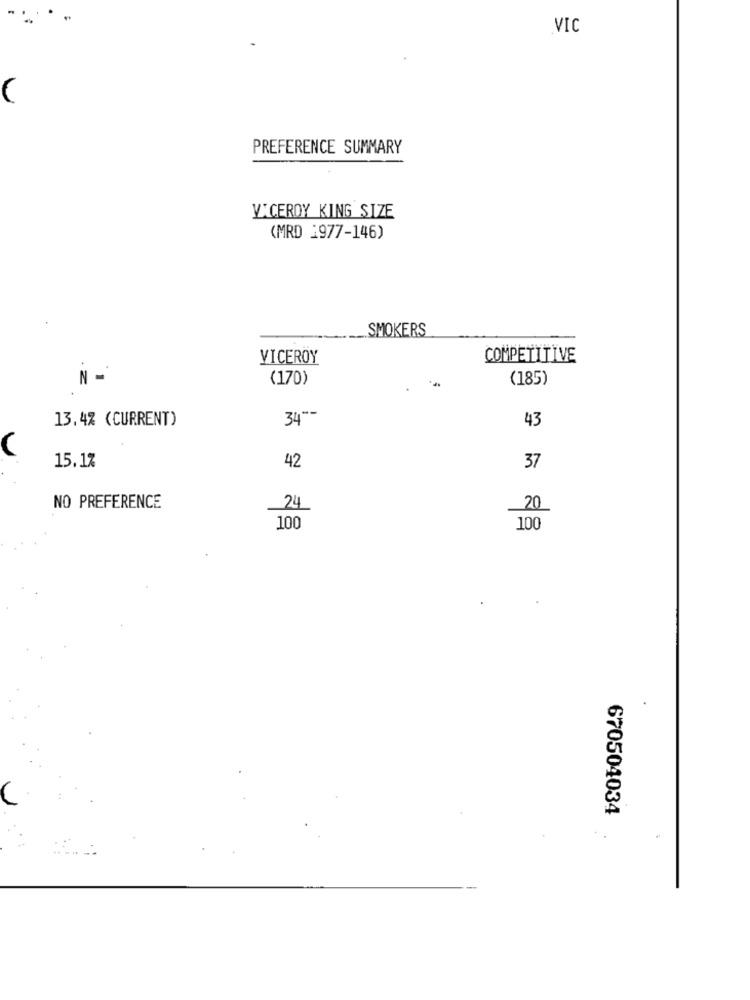
VIC
PREFERENCE SUMMARY
Y'CEROY KING SIZE
(MRD 1977-146)
SMOKERS
VICEROY
COMPETITIVE
N -
(170)
(185)
13.4% (CURRENT)
340-
43
15.1%
42
37
NO PREFERENCE
24
20
100
100
670504034